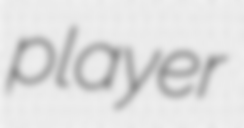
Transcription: player